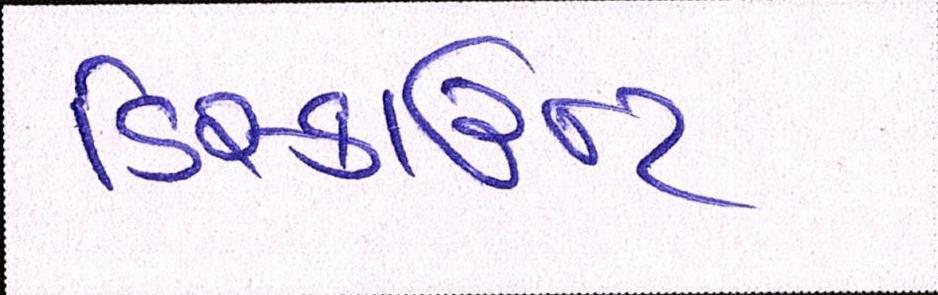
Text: ડિસ્કાન્ટ